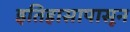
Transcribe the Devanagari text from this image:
इतिहासापासून